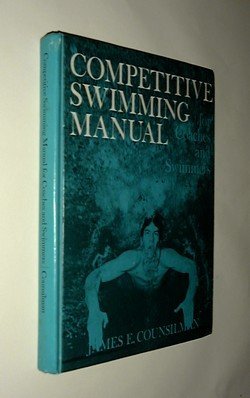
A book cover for Competitive Swimming Manual for Coaches and Swimmers; James E Counsilman; Health, Fitness & Dieting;